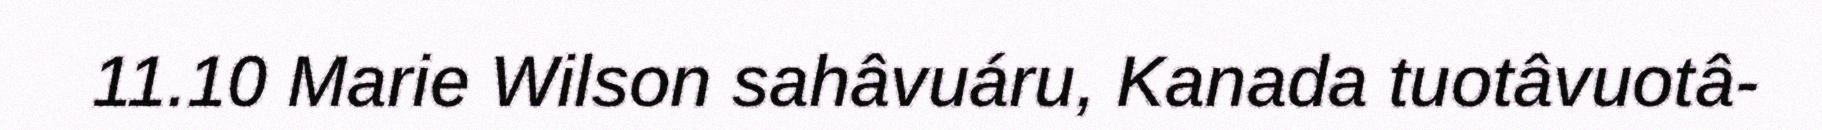
11.10 Marie Wilson sahâvuáru, Kanada tuotâvuotâ-